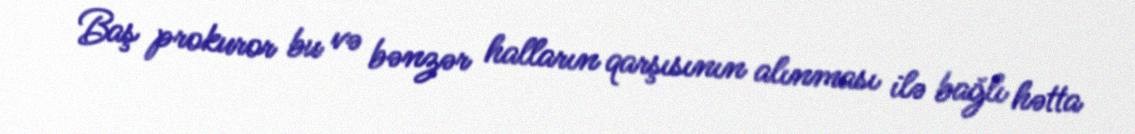
Baş prokuror bu və bənzər halların qarşısının alınması ilə bağlı hətta